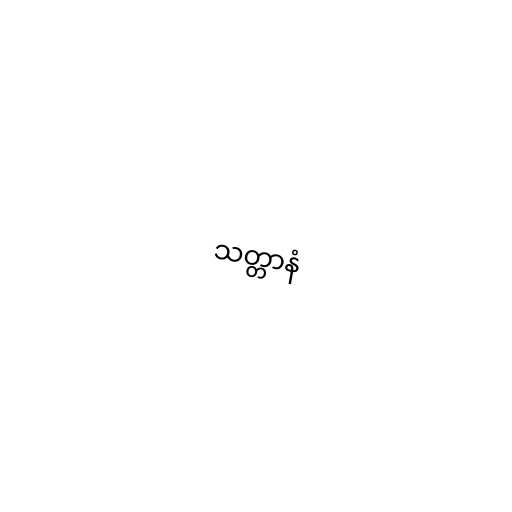
သတ္တာနံ